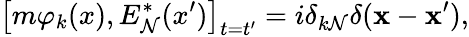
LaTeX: \left[m\varphi_{k}(x),E_{\mathcal{N}}^{*}(x^{\prime})\right]_{t=t^{\prime}}=i\delta_{k\mathcal{N}}\delta(\mathbf{{x}}-\mathbf{{x}}^{\prime}),